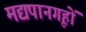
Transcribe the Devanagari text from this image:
मद्यपानगृहों